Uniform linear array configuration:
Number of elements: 4
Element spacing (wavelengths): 0.25
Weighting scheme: exponential
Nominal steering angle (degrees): -45
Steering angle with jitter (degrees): -44.553
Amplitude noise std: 0.05
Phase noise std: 0.05

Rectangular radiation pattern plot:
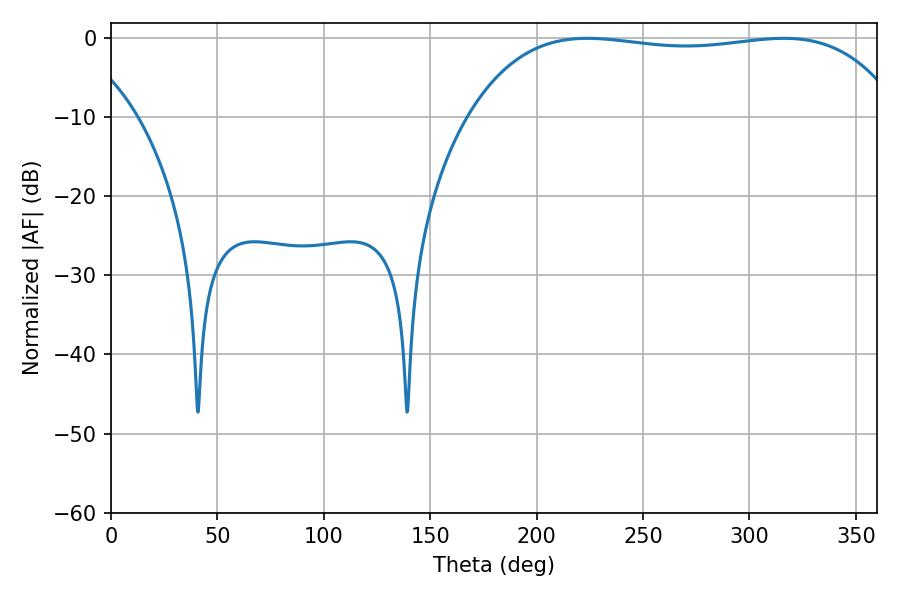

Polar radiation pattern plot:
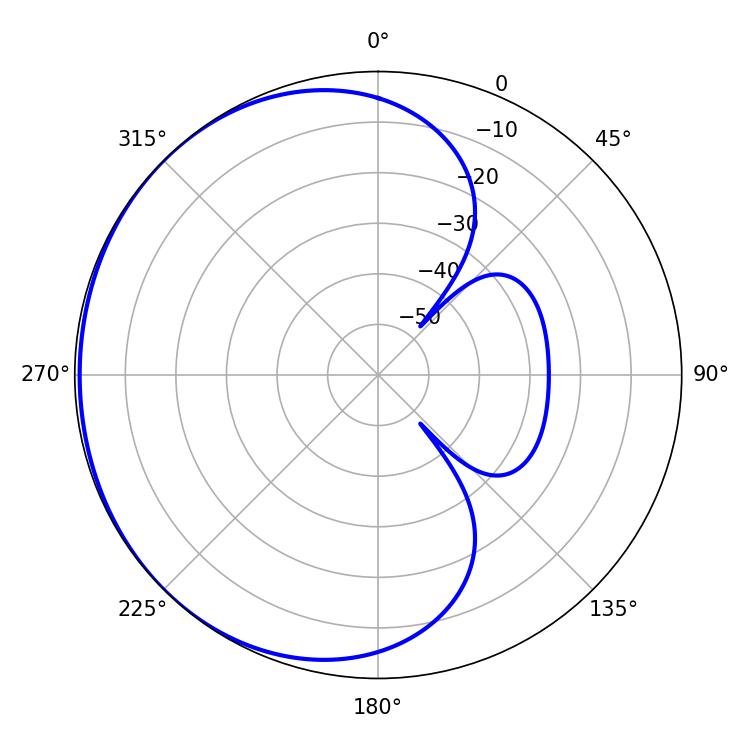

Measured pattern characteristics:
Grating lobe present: FALSE
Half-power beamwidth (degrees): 161.64
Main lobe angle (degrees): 223.74